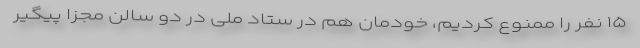
۱۵ نفر را ممنوع کردیم، خودمان هم در ستاد ملی در دو سالن مجزا پیگیر